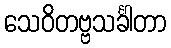
သေဝိတဗ္ဗသင်္ခါတာ